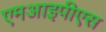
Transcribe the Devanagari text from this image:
एमआइपीएस